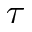
\tau